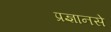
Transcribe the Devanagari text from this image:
प्रज्ञानसे